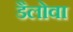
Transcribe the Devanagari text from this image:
डैलोवा